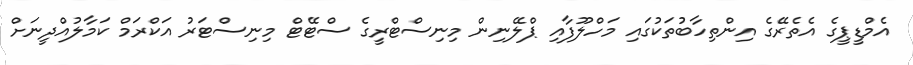
އެމްޑީޕީގެ އެތެރޭގެ އިންތިހާބުތަކުގައި މަހްލޫފާއި ޕްލޭނިން މިނިސްޓްރީގެ ސްޓޭޓް މިނިސްޓަރު އަކްރަމް ކަމާލުއްދީނަށް